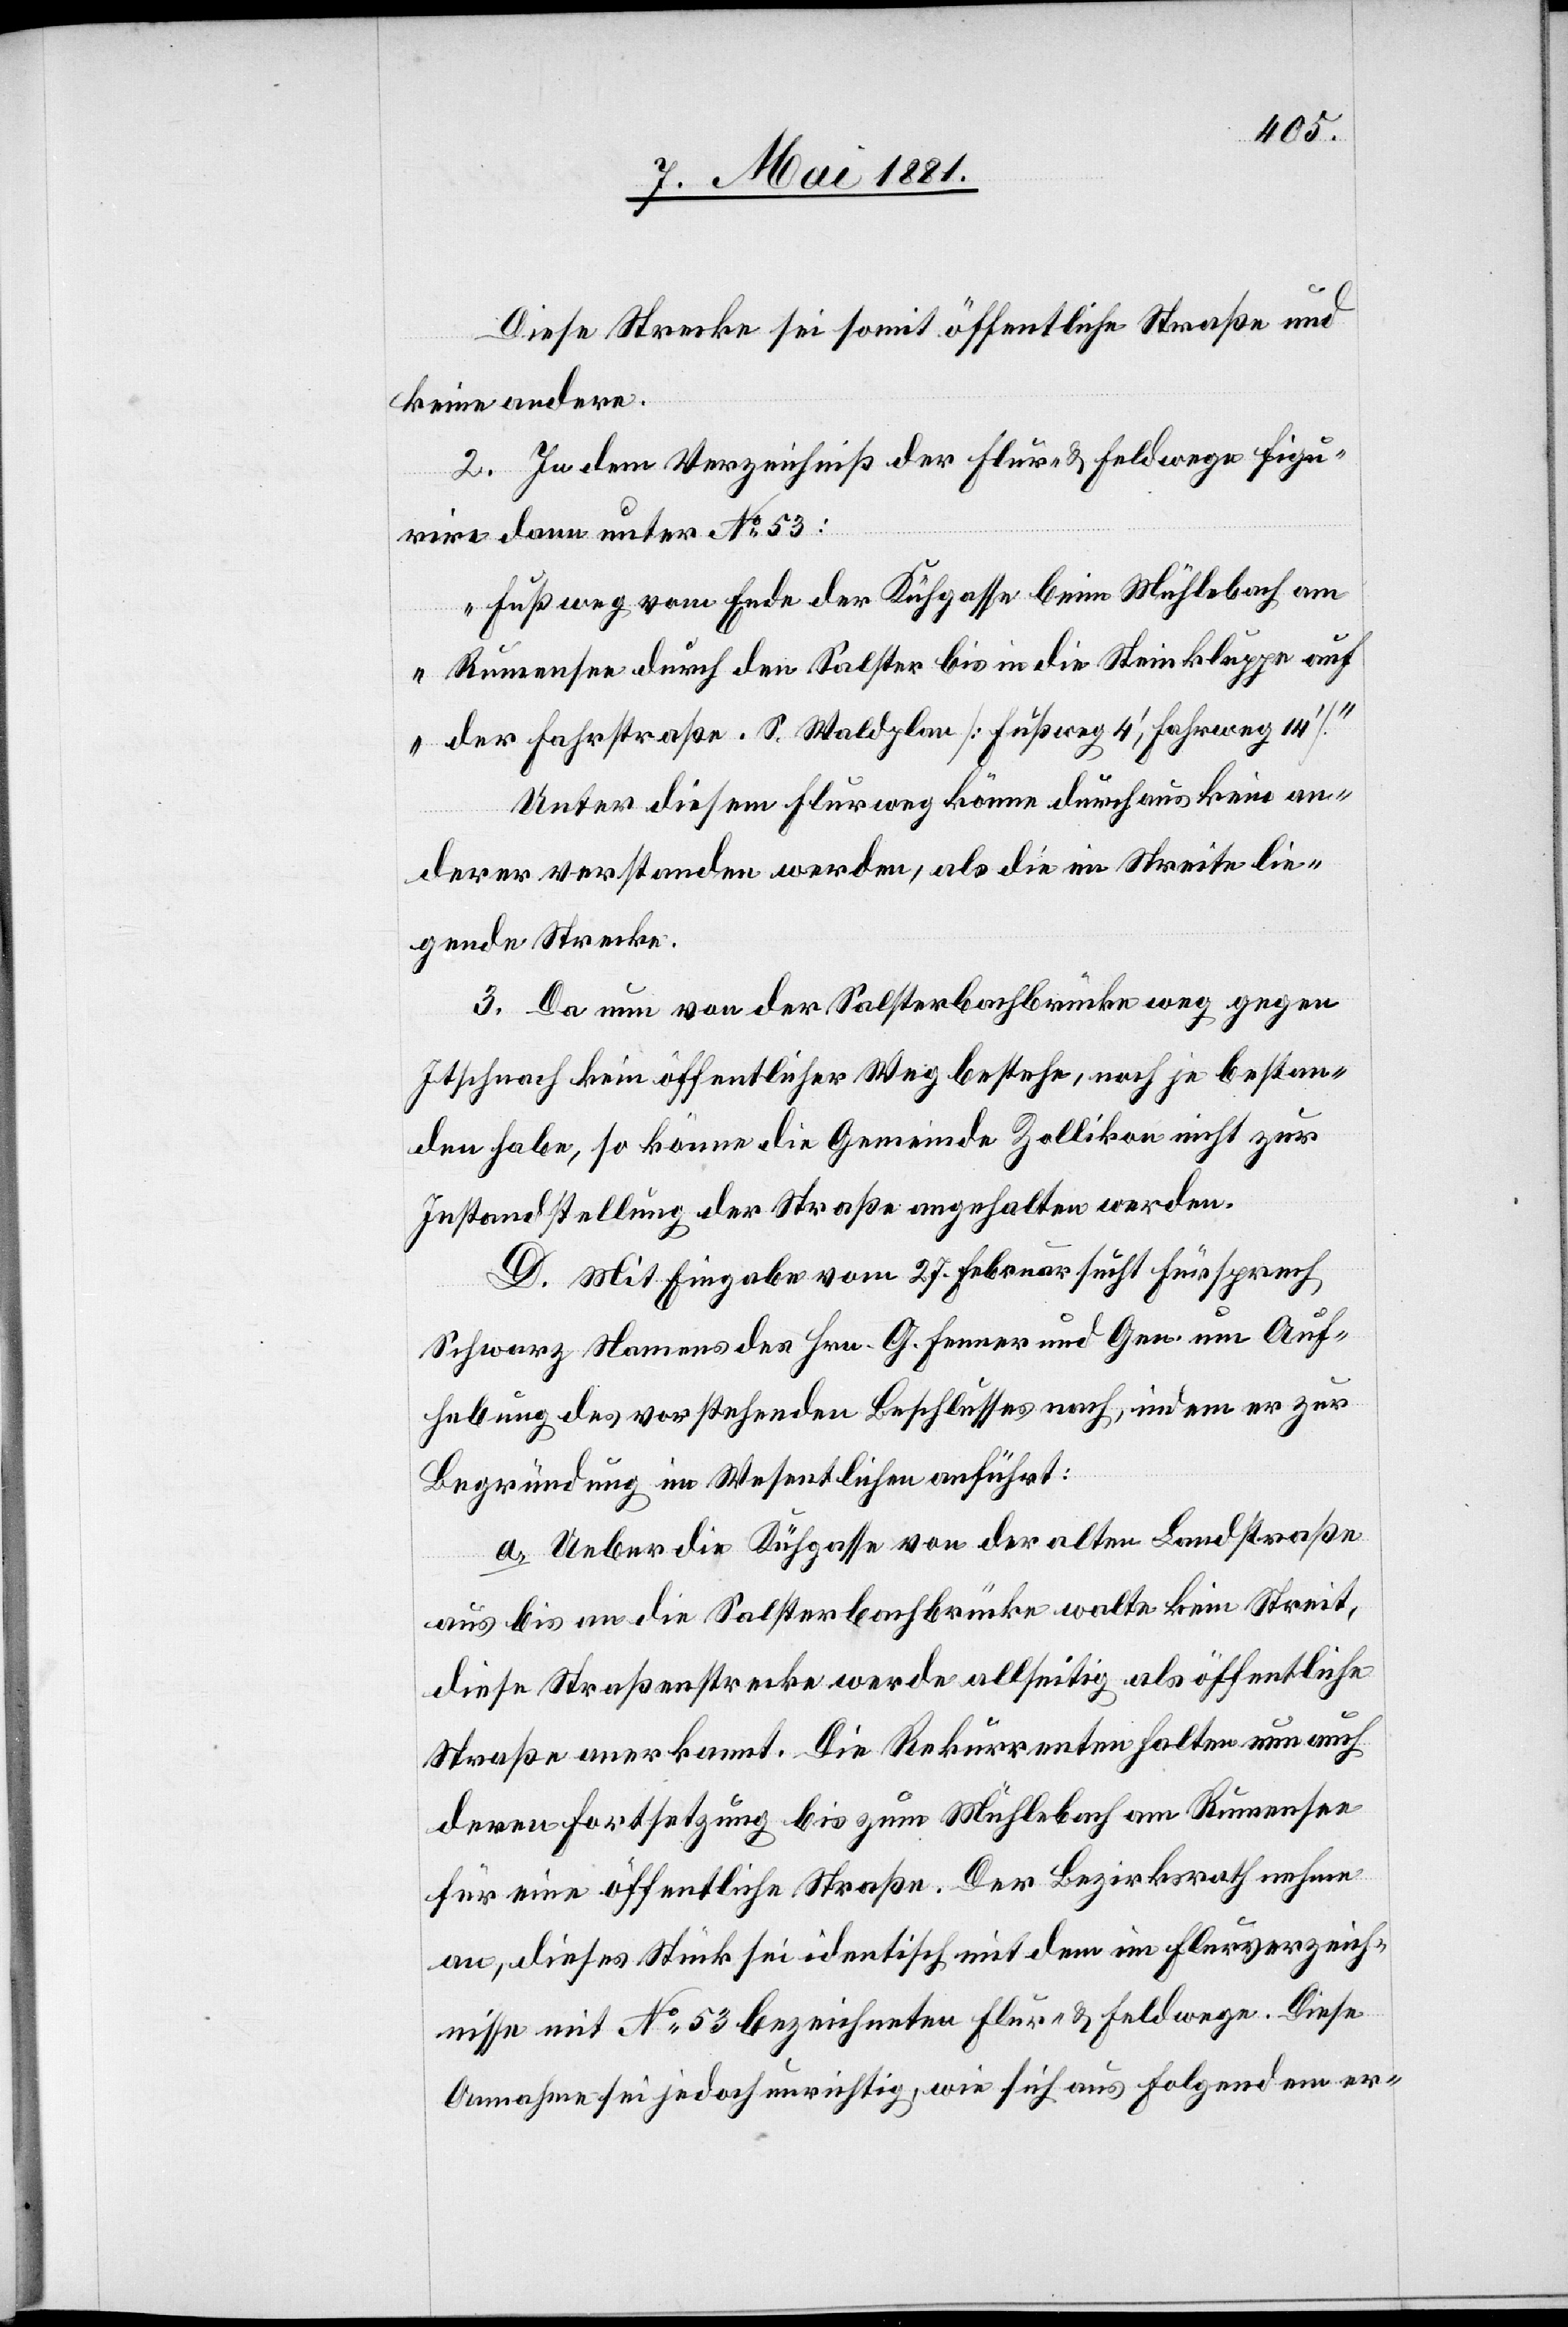
Diese Strecke sei somit öffentliche Straße und
keine andere.
2. In dem Verzeichniß der Flur- & Feldwege figu¬
rire dann unter No 53:
„Fußweg von Ende der Kühgasse beim Mühlebach am
Rumensee durch den Salster bis in die Steinklappe auf
der Fahrstraße. S. Waldplan [Fußweg 4‘, Fahrweg 14‘].“
Unter diesem Flurweg könne durchaus kein an¬
derer verstanden werden, als die im Streite lie¬
gende Straße.
3. Da nun von der Salsterbachbrücke weg gegen
Itschnach kein öffentlicher Weg bestehe, noch je bestan¬
den habe, so könne die Gemeinde Zollikon nicht zur
Instandstellung der Straße angehalten werden.
D. Mit Eingabe vom 27. Februar sucht Fürsprech
Schwarz Namens des Hrn. G. Fenner und Gen. um Auf¬
hebung des vorstehenden Beschlusses nach, indem er zur
Begründung im Wesentlichen anführt:
a. Ueber die Kühgasse von der alten Landstraße
aus bis an die Salsterbachbrücke walte kein Streit,
diese Straßenstrecke werde allseitig als öffentliche
Straße anerkannt. Die Rekurrenten halten nun auch
deren Fortsetzung bis zum Mühlebach am Rumensee
für eine öffentliche Straße. Der Bezirksrath nehme
an, dieses Stück sei identisch mit dem im Flurverzeich¬
nisse mit No 53 bezeichneten Flur- & Feldwege. Diese
Annahme sei jedoch unrichtig, wie sich aus folgendem er-